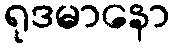
ရုဒမာနော